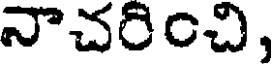
నాచరించి,